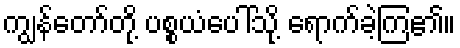
ကျွန်တော်တို့ ပစ္စယံပေါ်သို့ ရောက်ခဲ့ကြ၏။